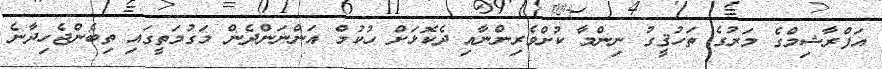
އަފްރާޝިމްގެ މަރުގެ ތަހުޤީގު ނިންމާ ކުށްވެރިންނާއި ދެކޮޅަށް ހުކުމް އަންނަންދެން މަގުމަތީގައި ތިބެންޖެހިދާނެ